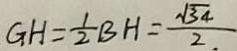
G H = \frac { 1 } { 2 } B H = \frac { \sqrt { 3 4 } } { 2 }